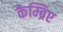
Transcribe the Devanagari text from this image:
कैम्ब्रिए